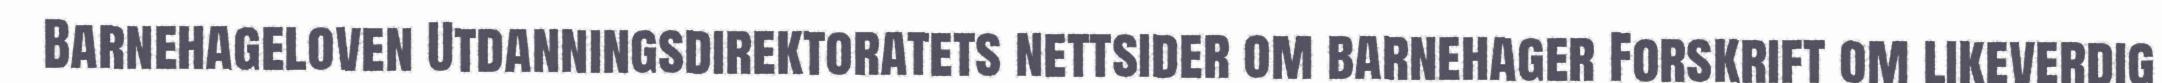
Barnehageloven Utdanningsdirektoratets nettsider om barnehager Forskrift om likeverdig